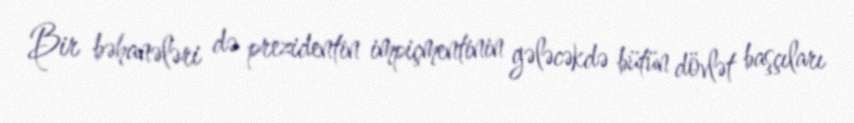
Bir bəhanələri də prezidentin impiçmentinin gələcəkdə bütün dövlət başçıları